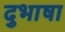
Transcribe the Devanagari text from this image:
दुभाषा